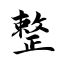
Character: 整